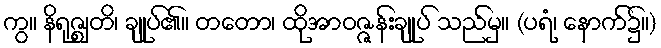
ကွ။ နိရုဇ္ဈတိ၊ ချုပ်၏။ တတော၊ ထိုအာဝဇ္ဇန်းချုပ် သည်မှ။ (ပရံ၊ နောက်၌။)